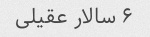
۶ سالار عقیلی